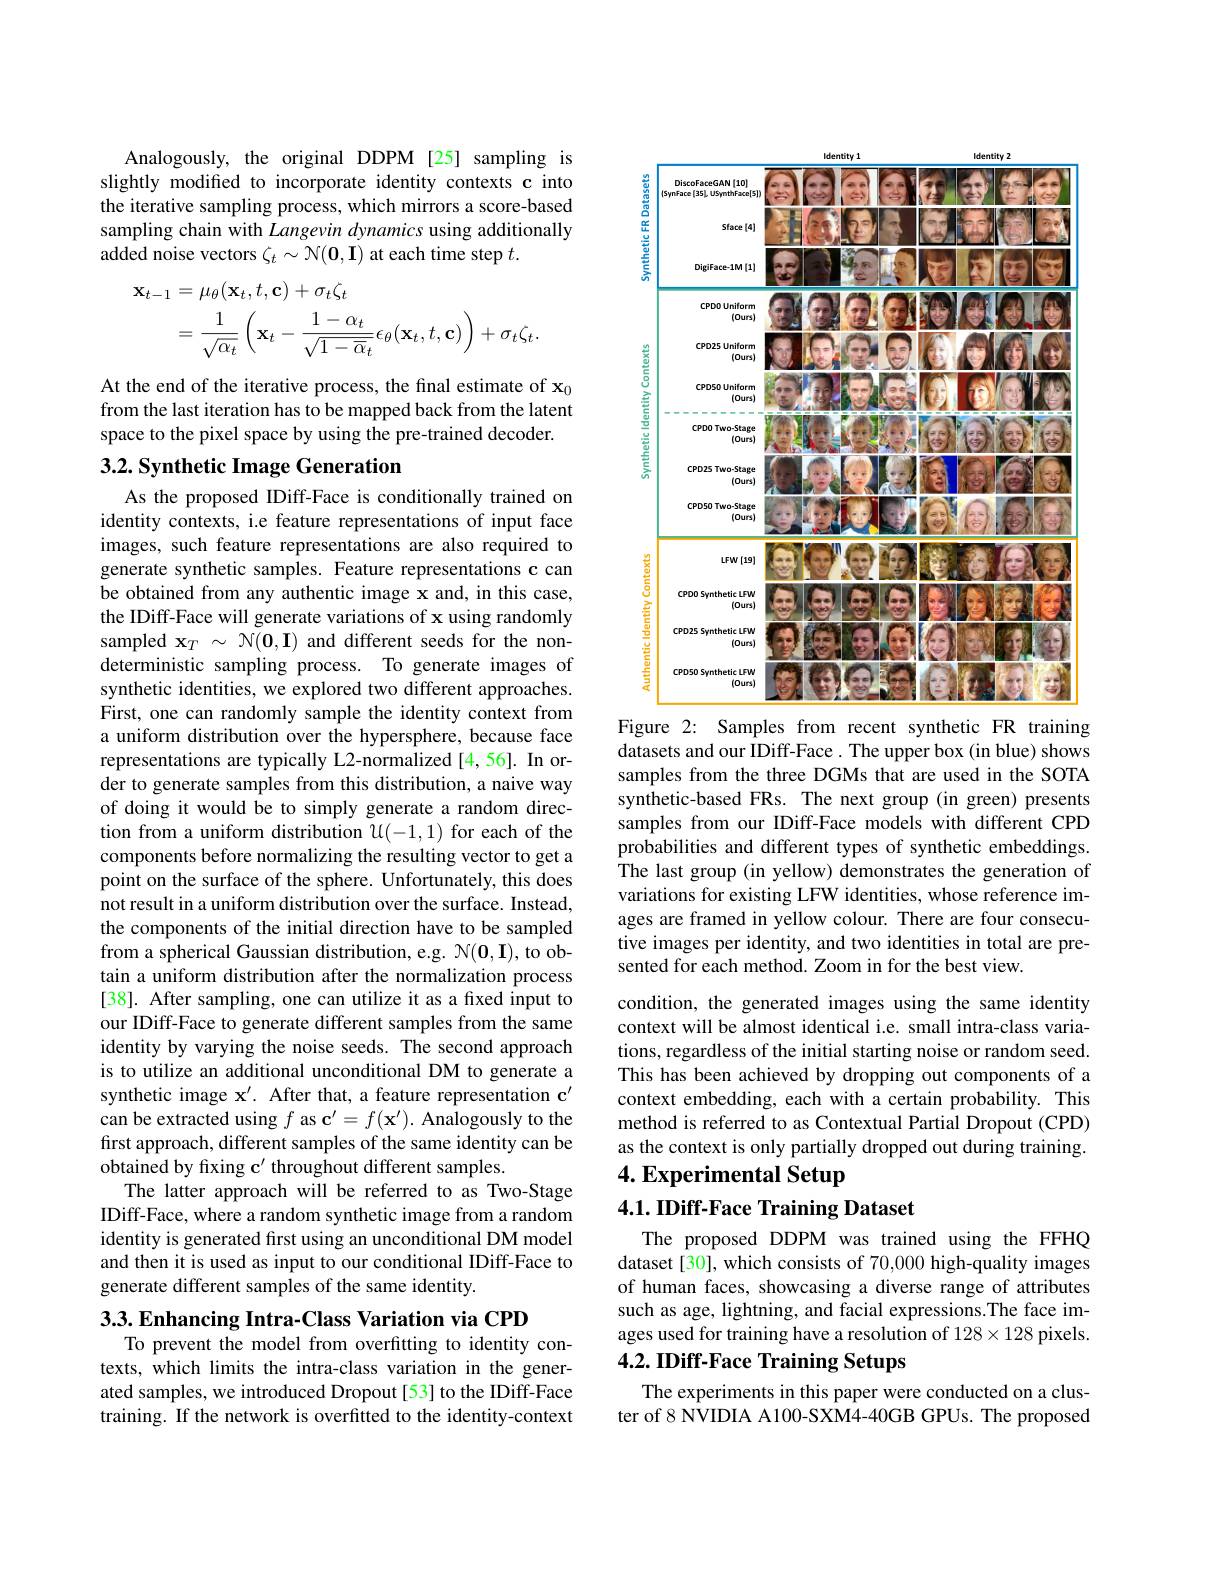
Analogously, the original DDPM [25] sampling is slightly modifed to incorporate identity contexts c into the iterative sampling process, which mirrors a score-based sampling chain with Langevin dynamics using additionally added noise vectors $\zeta_t\sim\mathcal{N}(\mathbf{0},\mathbf{I})$ at each time step $t.$
$$\begin{aligned}\mathbf{x}_{t-1}&=\mu_{\theta}(\mathbf{x}_{t},t,\mathbf{c})+\sigma_{t}\zeta_{t}\\&=\frac{1}{\sqrt{\alpha_{t}}}\left(\mathbf{x}_{t}-\frac{1-\alpha_{t}}{\sqrt{1-\overline{\alpha}_{t}}}\epsilon_{\theta}(\mathbf{x}_{t},t,\mathbf{c})\right)+\sigma_{t}\zeta_{t}.\end{aligned}$$
At the end of the iterative process, the final estimate of $\mathbf{x}_0$ from the last iteration has to be mapped back from the latent space to the pixel space by using the pre-trained decoder.

## 3.2. Synthetic Image Generation

As the proposed IDiff-Face is conditionally trained on identity contexts, i.e feature representations of input face images, such feature representations are also required to generate synthetic samples. Feature representations c can be obtained from any authentic image x and, in this case, the IDiff-Face will generate variations of x using randomly sampled $\mathbf{x}_T\sim\mathcal{N}(\mathbf{0},\mathbf{I})$ and different seeds for the nondeterministic sampling process. To generate images of synthetic identities, we explored two different approaches. First, one can randomly sample the identity context from a uniform distribution over the hypersphere, because face representations are typically L2-normalized [4,56]. In order to generate samples from this distribution, a naive way of doing it would be to simply generate a random direction from a uniform distribution $\mathcal{U}(-1,1)$ for each of the components before normalizing the resulting vector to get a point on the surface of the sphere. Unfortunately, this does not result in a uniform distribution over the surface. Instead, the components of the initial direction have to be sampled from a spherical Gaussian distribution, e.g. $\mathcal{N}(\mathbf{0},\mathbf{I})$, to obtain a uniform distribution after the normalization process [38]. After sampling, one can utilize it as a fixed input to our IDiff-Face to generate different samples from the same identity by varying the noise seeds. The second approach is to utilize an additional unconditional DM to generate a synthetic image $\mathbf{x}^\prime.$ After that, a feature representation c' can be extracted using $f$ as $\mathbf{c} ^{\prime }= f( \mathbf{x} ^{\prime }) .$ Analogously to the first approach, different samples of the same identity can be obtained by fixing c' throughout different samples.
The latter approach will be referred to as Two-Stage IDiff-Face, where a random synthetic image from a random identity is generated first using an unconditional DM model and then it is used as input to our conditional IDiff-Face to generate different samples of the same identity.
3.3. Enhancing Intra-Class Variation via CPD

To prevent the model from overfitting to identity contexts, which limits the intra-class variation in the generated samples, we introduced Dropout[53] to the IDiff-Face training. If the network is overfitted to the identity-context

<FigureHere>
Figure 2: Samples from recent synthetic FR training

datasets and our IDiff-Face. The upper box (in blue) shows samples from the three DGMs that are used in the SOTA synthetic-based FRs. The next group (in green) presents samples from our IDiff-Face models with different CPD probabilities and different types of synthetic embeddings. The last group (in yellow) demonstrates the generation of variations for existing LFW identities, whose reference images are framed in yellow colour. There are four consecutive images per identity, and two identities in total are presented for each method. Zoom in for the best view.
condition, the generated images using the same identity context will be almost identical i.e. small intra-class variations, regardless of the initial starting noise or random seed. This has been achieved by dropping out components of a context embedding, each with a certain probability. This method is referred to as Contextual Partial Dropout (CPD) as the context is only partially dropped out during training. 4. Experimental Setup

## $4. 1. \textbf{IDiff- Face Training Dataset}$

The proposed DDPM was trained using the FFHQ dataset[30], which consists of 70,000 high-quality images of human faces, showcasing a diverse range of attributes such as age, lightning, and facial expressions.The face images used for training have a resolution of $128\times128$ pixels.

## 4.2. IDiff-Face Training Setups

The experiments in this paper were conducted on a cluster of 8 NVIDIA A100-SXM4-40GB GPUs. The proposed